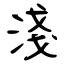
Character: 淺